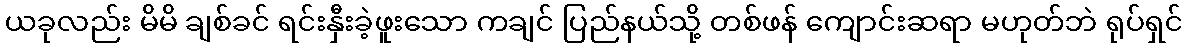
ယခုလည်း မိမိ ချစ်ခင် ရင်းနှီးခဲ့ဖူးသော ကချင် ပြည်နယ်သို့ တစ်ဖန် ကျောင်းဆရာ မဟုတ်ဘဲ ရုပ်ရှင်